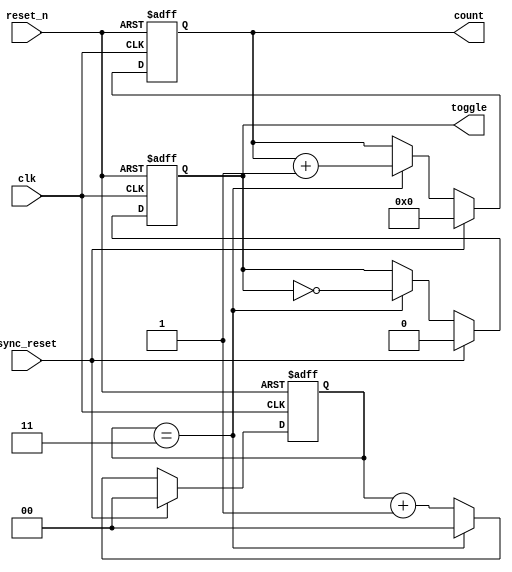
module divide_by_n_counter #(
    parameter N = 4 // Parameter to define the divide factor
) (
    input wire clk,           // Clock input
    input wire reset_n,      // Active-low asynchronous reset
    input wire sync_reset,    // Synchronous reset control
    output reg [N-1:0] count, // Counter output
    output reg toggle         // Output that toggles every N clock cycles
);

    // Calculate the number of bits required for the counter
    localparam COUNTER_WIDTH = $clog2(N);

    // Counter state
    reg [COUNTER_WIDTH-1:0] state;

    // Initial state
    initial begin
        count = 0;
        toggle = 0;
        state = 0;
    end

    // Asynchronous Reset Logic
    always @(posedge clk or negedge reset_n) begin
        if (!reset_n) begin
            state <= 0;       // Reset the state to 0
            count <= 0;       // Reset the count output to 0
            toggle <= 0;      // Reset the toggle output
        end else begin
            // Synchronous Reset Logic
            if (sync_reset) begin
                state <= 0;   // Reset the state to 0
                count <= 0;   // Reset the count output to 0
                toggle <= 0;  // Reset the toggle output
            end else begin
                // Counting Logic
                if (state == (N - 1)) begin
                    state <= 0;           // Reset to 0 after reaching N-1
                    count <= count + 1;   // Increment count output
                    toggle <= ~toggle;     // Toggle output
                end else begin
                    state <= state + 1;   // Increment state
                end
            end
        end
    end

endmodule